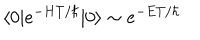
LaTeX: \langle 0 | e ^ { - H T / \hbar } | 0 \rangle \sim e ^ { - E T / \hbar }